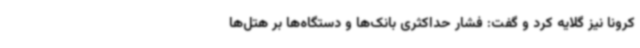
کرونا نیز گلایه کرد و گفت: فشار حداکثری بانک‌ها و دستگاه‌ها بر هتل‌ها